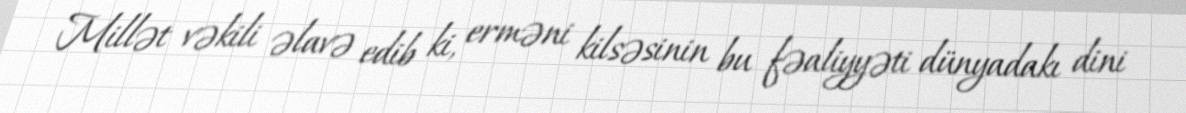
Millət vəkili əlavə edib ki, erməni kilsəsinin bu fəaliyyəti dünyadakı dini